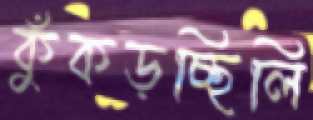
কুঁকড়চ্ছিলি